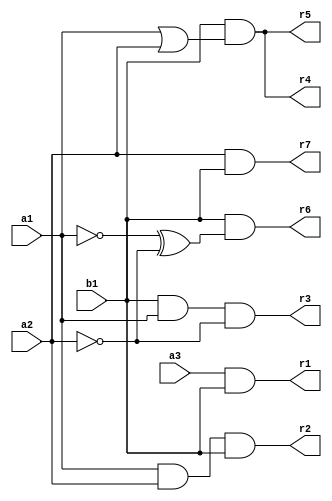
// Benchmark "mult_3x1_64_out" written by ABC on Mon May 30 03:59:04 2022

module mult_3x1_64 ( 
    a1, a2, a3, b1,
    r1,r2,r3,r4,r5,r6,r7  );
  input  a1, a2, a3, b1;
  output r1,r2,r3,r4,r5,r6,r7;
  assign r1 = a3 & b1;
  assign r2 = a1 & a2 & b1;
  assign r3 = b1 & a1 & ~a2;
  assign r4 = b1 & (a1 | a2);
  assign r6 = b1 & (~a1 ^ ~a2);
  assign r7 = a2 & b1;
  assign r5 = b1 & (a1 | a2);
endmodule